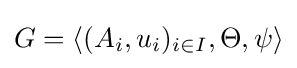
G=\langle (A_{i},u_{i})_{i\in I},\Theta ,\psi \rangle